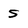
Character: 5